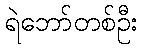
ရဲဘော်တစ်ဦး